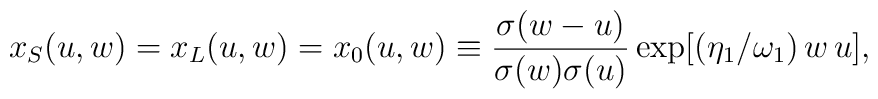
x_{S}(u,w) = x_{L}(u,w)=x_{0}(u,w)\equiv {\sigma(w-u)   \over{\sigma(w)   \sigma(u)}}   \exp[(\eta_{1}/\omega_{1})\,w\,u],